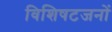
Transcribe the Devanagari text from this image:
विशिषटजनों